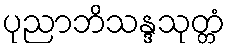
ပုညာဘိသန္ဒသုတ္တံ